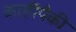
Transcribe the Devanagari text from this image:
काहींपैकी